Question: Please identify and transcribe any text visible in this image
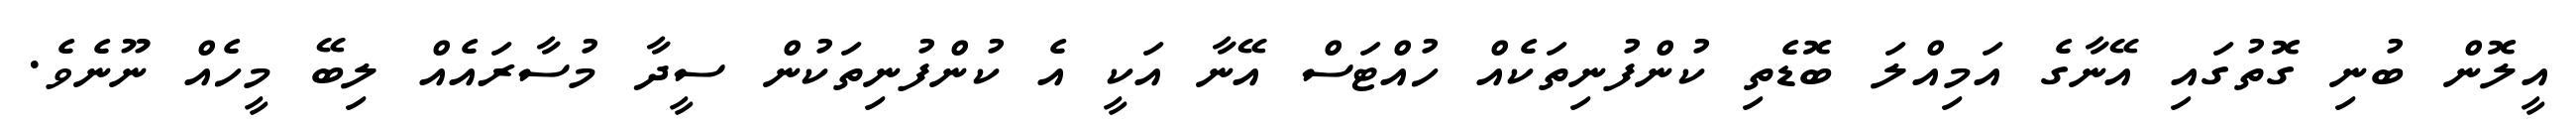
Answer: އީލޮން ބުނި ގޮތުގައި އޭނާގެ އަމިއްލަ ބޮޑެތި ކުންފުނިތަކެއް ހުއްޓަސް އޭނާ އަކީ އެ ކުންފުނިތަކުން ސީދާ މުސާރައެއް ލިބޭ މީހެއް ނޫނެވެ.